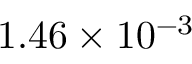
1 . 4 6 \times 1 0 ^ { - 3 }